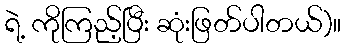
ရဲ့ ကိုကြည့်ပြီး ဆုံးဖြတ်ပါတယ်)။